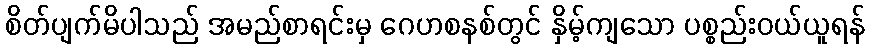
စိတ်ပျက်မိပါသည် အမည်စာရင်းမှ ဂေဟစနစ်တွင် နှိမ့်ကျသော ပစ္စည်းဝယ်ယူရန်